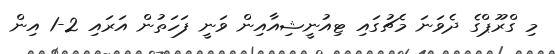
މި ގްރޫޕްގެ ދެވަނަ މެޗުގައި ޓިއުނީޝިއާއިން ވަނީ ފަހަތުން އަރައި 2-1 އިން